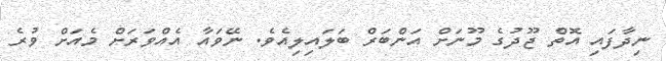
ނިދާފައި އޮތް ޖޫދުގެ މޫނަށް އަންބަރް ބަލައިލިއެވެ. ނޭވައާ އެއްވަރަށް މެއަށް ވުރެ